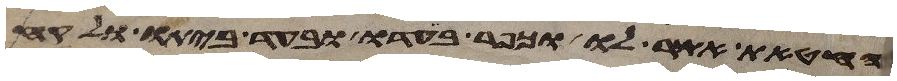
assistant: החטאת אשר לו וכפר בעדו ובעד ביתו ולקח